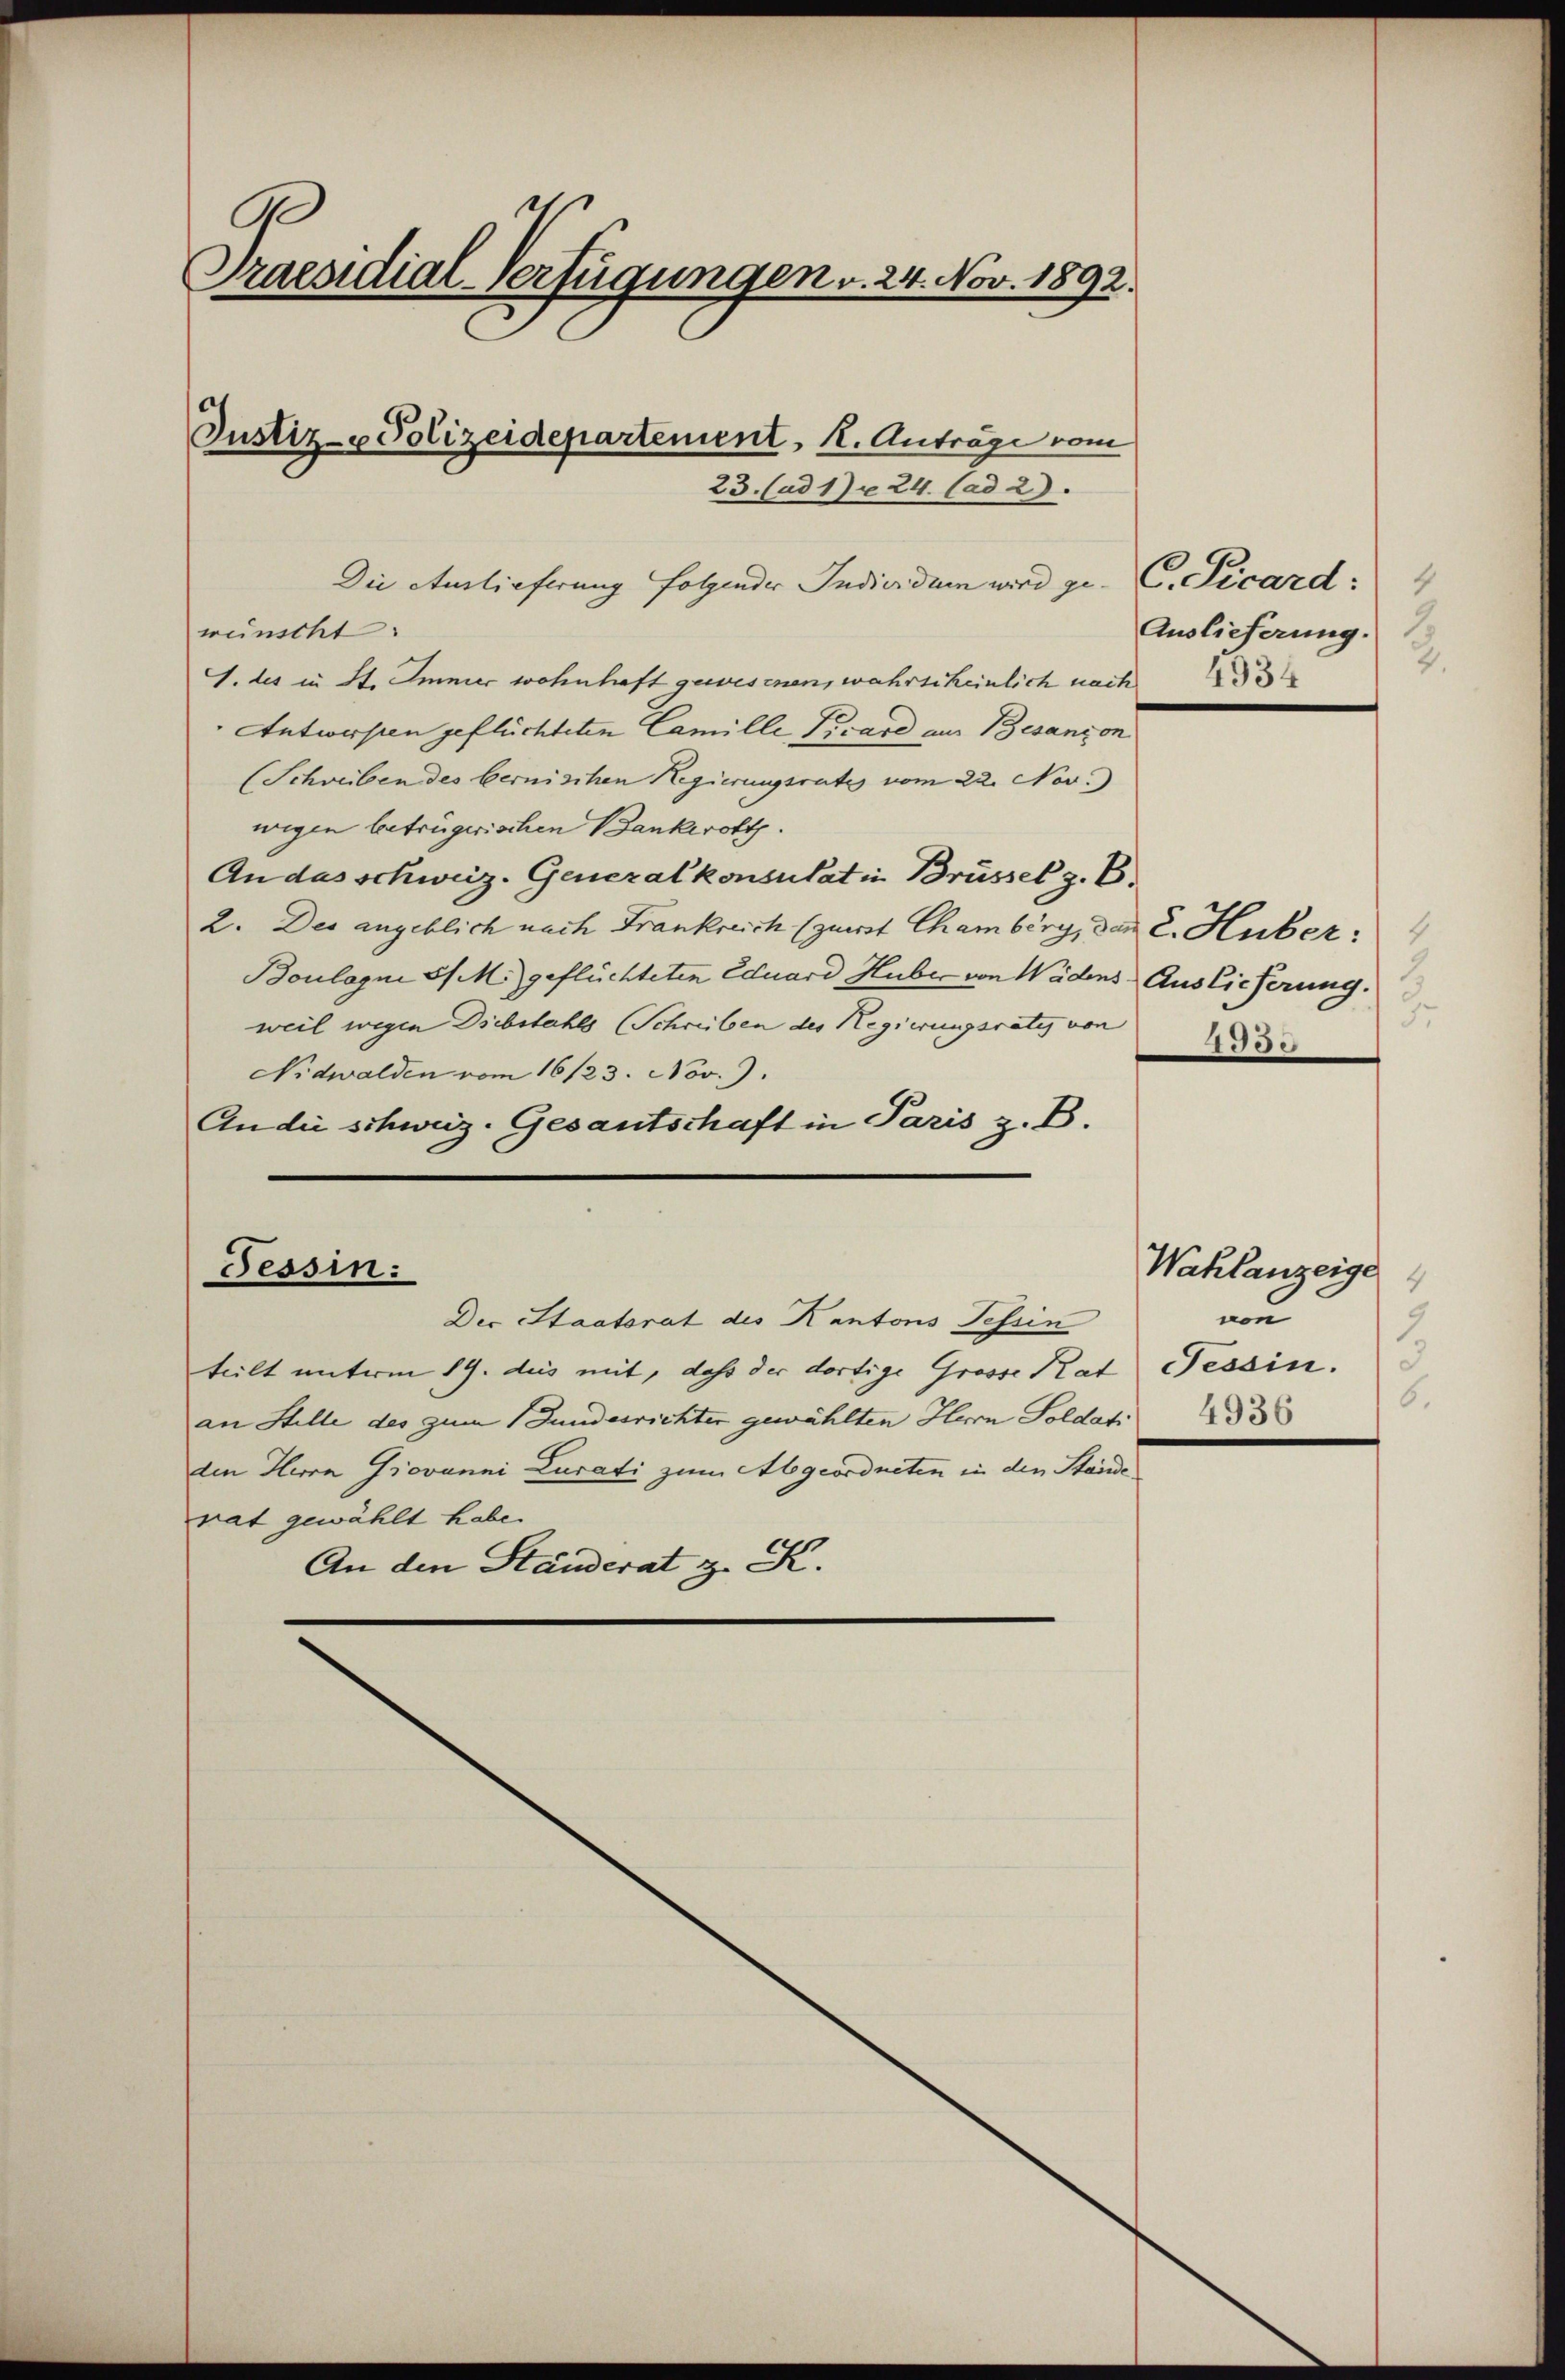
Praesidial-Verfügungen v. 24. Nov. 1892.

Die Auslieferung folgender Individum wird ge. C. Picard: 4
wünscht.
S. des in St. Immer wohnhaft gewesenen, wahrscheinlich nach
Antworfen geflüchteten Camille, Pirard am Besanzon
(Schreiben des bernischen Regierungsrate vom 22. Nov.
wegen betrügerischen Bankwort.
An das schweiz. Generalkonsulat in Brüssel z. B.
2. Des angeblich nach Frankreich (zuerst Chamberg, den 8. Huber
Boulagen ss M.) geflüchteten Eduard Huber von Wädens Auslieferung.
weil wegen Diebstahls Schreiben des Regierungsrates von
Nidwalden vom 16/23. Nov.
An die schweiz. Gesantschaft in Paris z. B.

Justiz- Polizeidepartement, K. Anträge vom

23. (ad 1. 24. (ad 2)

Tessin:
Der Staatsrat des Kantons Tessin

teilt unterm 19. des mit, dass der dortige Grosse Kat Tessin.
an Stelle des zum Bundesrichter gewählten Herrn Soldati
den Herrn Giovanni Curati zum Abgeordneten in der Stande
nat gewählt habe.
An den Ständerat z. K.

Auslieferung.
2.

3
5.
255e

Wahlanzeige
1
u
1
6.
4936